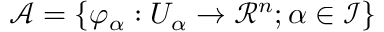
\mathcal { A } = \{ \varphi _ { \alpha } : U _ { \alpha } \rightarrow \mathcal { R } ^ { n } ; \alpha \in \mathcal { I } \}